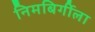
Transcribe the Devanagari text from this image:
निमबिर्गीला